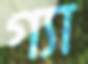
গ্যা